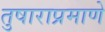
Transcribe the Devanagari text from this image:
तुषाराप्रमाणे